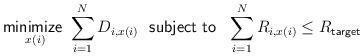
LaTeX: \begin{align*}\underset{x(i)}{\mathsf{minimize~}} \sum_{i=1}^N D_{i,x(i)} \mathsf{~~subject~to~~}\sum_{i=1}^N R_{i,x(i)} \leq R_{\mathsf{target}}\end{align*}